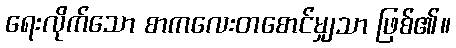
ရေးလိုက်သော စာကလေးတစောင်မျှသာ ဖြစ်၏။